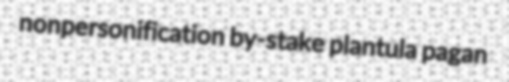
nonpersonification by-stake plantula pagan